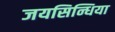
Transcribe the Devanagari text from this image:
जयसिन्धिया